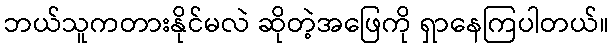
ဘယ်သူကတားနိုင်မလဲ ဆိုတဲ့အဖြေကို ရှာနေကြပါတယ်။